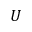
U